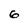
Character: 6